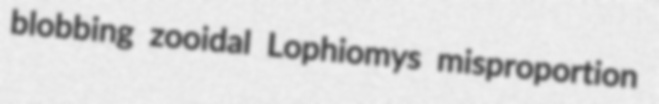
blobbing zooidal Lophiomys misproportion